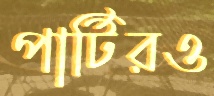
পার্টিরও